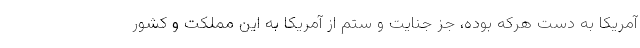
آمریکا به دست هرکه بوده، جز جنایت و ستم از آمریکا به این مملکت و کشور